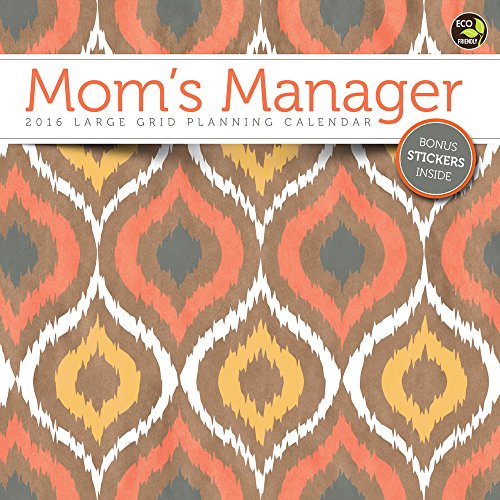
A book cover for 2016 Moms Manager Wall Calendar - 17 Month; TF Publishing; Calendars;